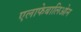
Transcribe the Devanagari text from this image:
एलाफेबालिओन